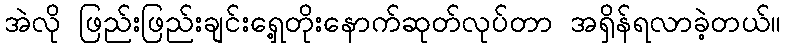
အဲလို ဖြည်းဖြည်းချင်းရှေ့တိုးနောက်ဆုတ်လုပ်တာ အရှိန်ရလာခဲ့တယ်။